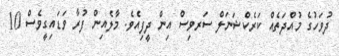
ދުވަހުގެ މުއްދަތެއް ކަރެކްޝަނަލް ސަރވިިސް އިން ދީފިއެވެ. މާލެއިން ފުރާ ވަޑައިގީވެސް 10